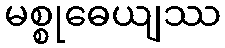
မစ္စုဓေယျဿ